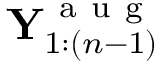
\mathbf { Y } _ { 1 : ( n - 1 ) } ^ { \mathrm { ~ a ~ u ~ g ~ } }